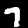
Label: 7